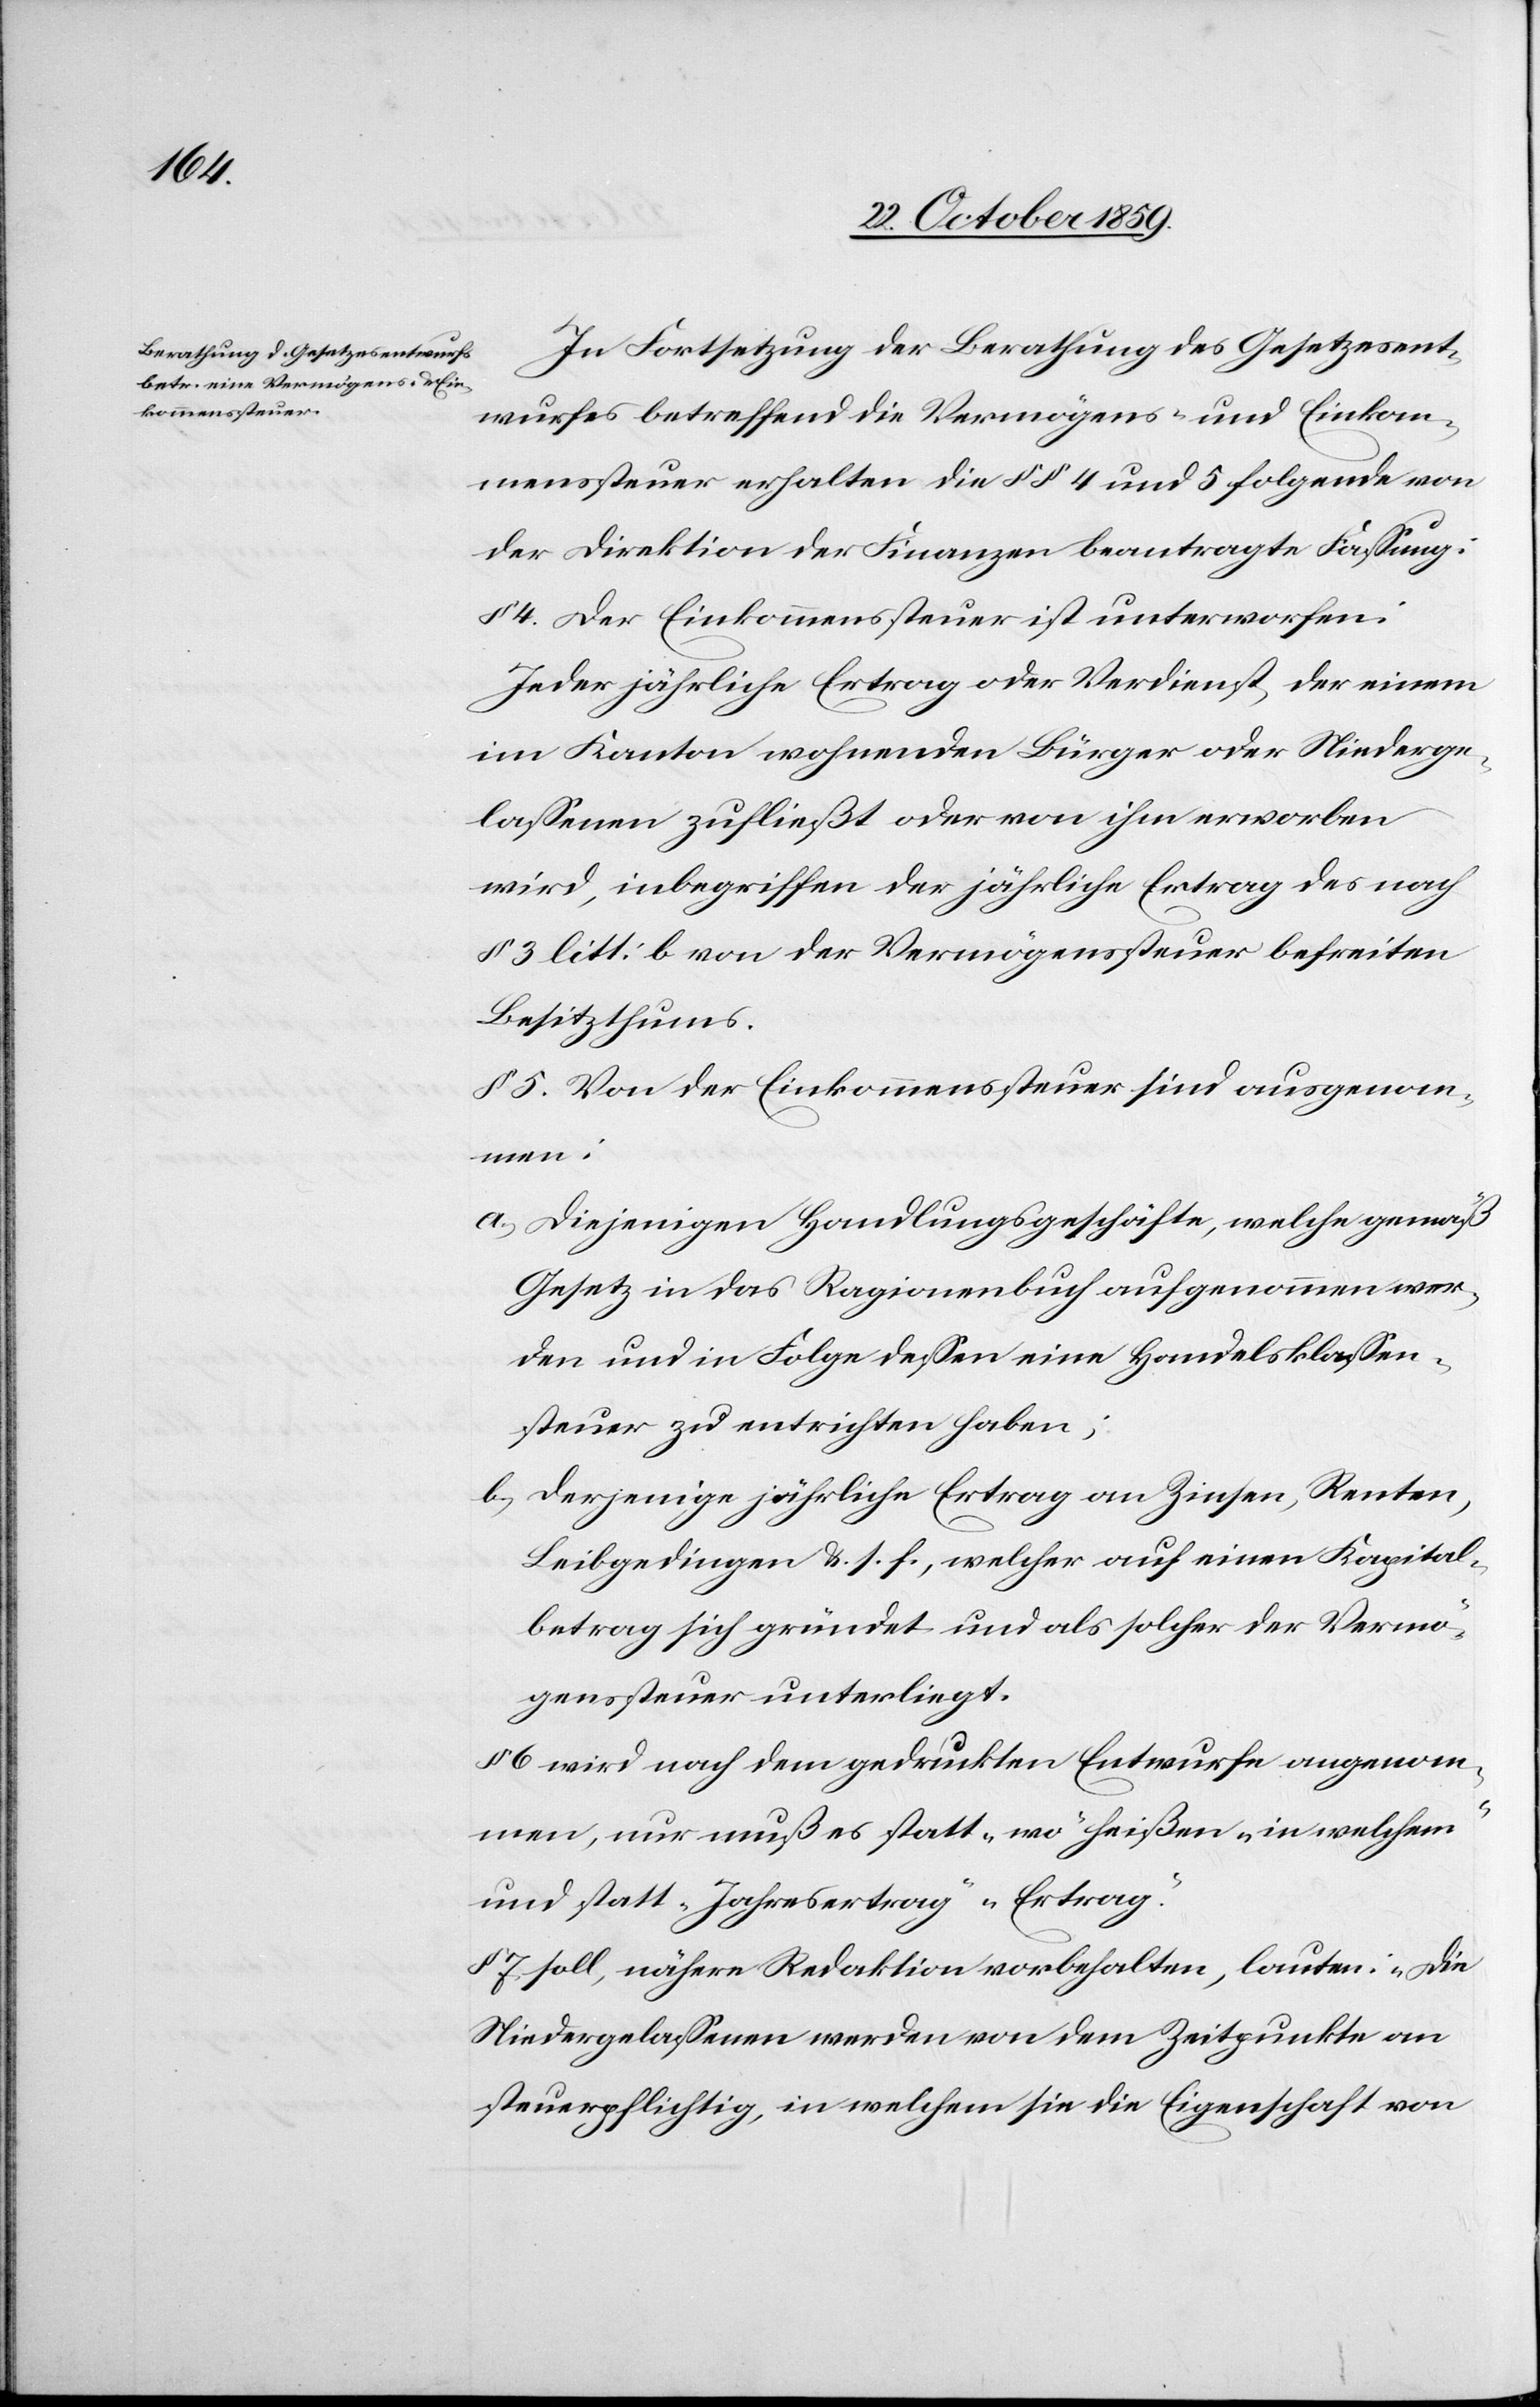
der Fortsetzung der Berathung des Gesetzesent¬
wurfes betreffend die Vermögens- und Einkom¬
menssteuer erhalten die §§ 4 und 5 folgende von
der Direktion der Finanzen beantragte Fassung:
§ 4. Der Einkommenssteuer ist unterworfen:
Jeder jährliche Ertrag oder Verdienst, der einem
im Kanton wohnhaften Bürger oder Niederge¬
lassenen zufließt oder von ihm erworben
wird, inbegriffen der jährliche Ertrag des nach
§ 3 litt: b von der Vermögenssteuer befreiten
Besitzthums.
§ 5. Von der Einkommenssteuer sind ausgenom¬
men:
a) diejenigen Handlungsgeschäfte, welche gemäß
Gesetz in das Ragionenbuch aufgenommen wor¬
den und in Folge dessen eine Handelsklassen¬
steuer zu entrichten haben;
b) derjenige jährliche Ertrag an Zinsen, Renten,
Leibgedingen & s. f., welcher auf einen Kapital¬
betrag sich gründet und als solcher der Vermö¬
genssteuer unterliegt.
6 wird nach dem gedruckten Entwurfe angenom¬
men, nur muß es statt „wo“ heißen „in welchem“
und statt „Jahresertrag“ „Ertrag“.
§ 7 soll, nähere Redaktion vorbehalten, lauten: „Die
Niedergelassenen werden von dem Zeitpunkte an
steuerpflichtig, in welchem sie die Eigenschaft von